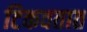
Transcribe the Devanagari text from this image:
टिकवतात